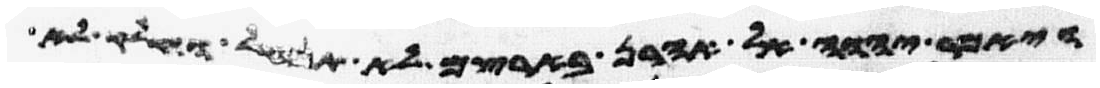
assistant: ויאמר יהוה אל אהרן בארצם לא תנחל וחלק לא